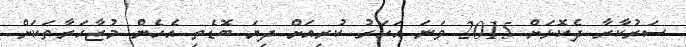
ސަރުކާރާ ދެކޮޅަށް 2015 ވަނަ އަހަރު ކުރިއަށް ދިޔަ ބޮޑެތި އެހެން މުޒާހަރާތަކަށް